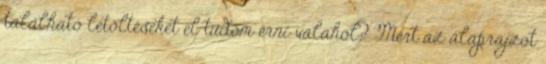
található letöltéseket el tudom érni valahol? Mert az alaprajzot